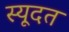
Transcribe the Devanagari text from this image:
स्यूदत